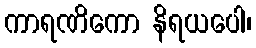
ကာရဏိကော နိရယပေါ၊